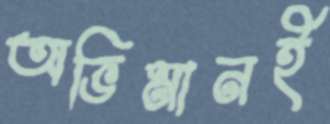
অভিমানই